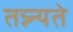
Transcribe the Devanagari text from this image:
तन्न्न्यते